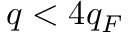
q < 4 q _ { F }